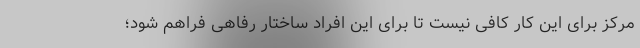
مرکز برای این کار کافی نیست تا برای این افراد ساختار رفاهی فراهم شود؛